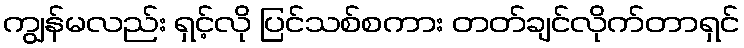
ကျွန်မလည်း ရှင့်လို ပြင်သစ်စကား တတ်ချင်လိုက်တာရှင်